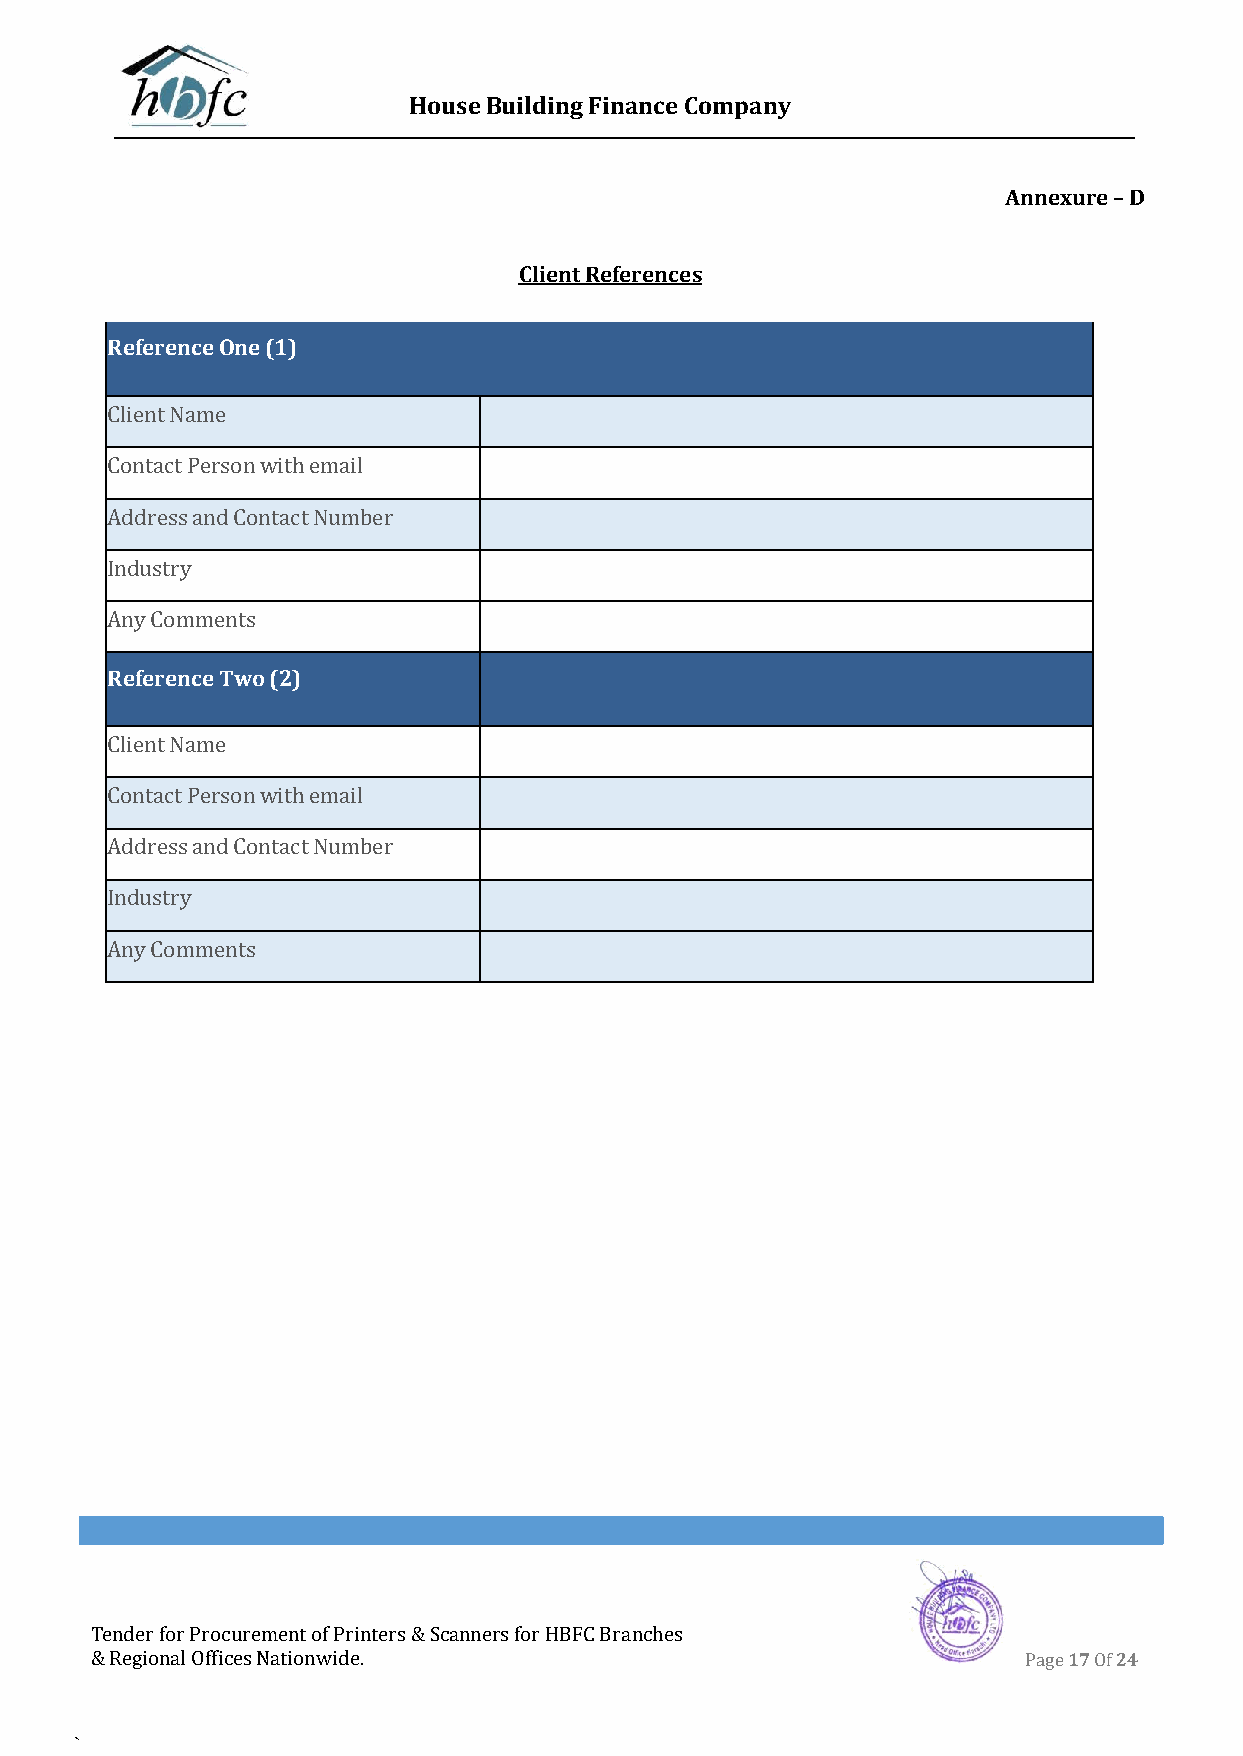
House Building Finance Company
 Annexure – D
 Client References
 Reference One (1)
 Client Name
 Contact Person with email
 Address and Contact Number
 Industry
 Any Comments
 Reference Two (2)
 Client Name
 Contact Person with email
 Address and Contact Number
 Industry
 Any Comments
 Tender for Procurement of Printers & Scanners for HBFC Branches
 & Regional Offices Nationwide.                                Page 17 Of 24
 `